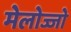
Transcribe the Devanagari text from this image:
मेलोज्जो